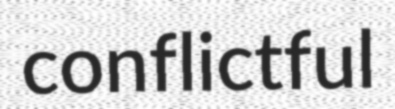
conflictful